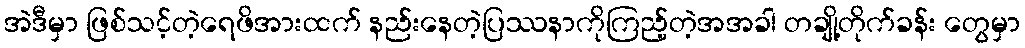
အဲဒီမှာ ဖြစ်သင့်တဲ့ရေဖိအားထက် နည်းနေတဲ့ပြဿနာကိုကြည့်တဲ့အအခါ တချို့တိုက်ခန်း တွေမှာ